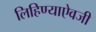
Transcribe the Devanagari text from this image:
लिहिण्याऐवजी